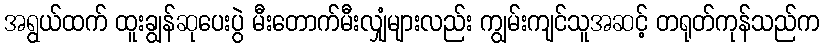
အရွယ်ထက် ထူးချွန်ဆုပေးပွဲ မီးတောက်မီးလျှံများလည်း ကျွမ်းကျင်သူအဆင့် တရုတ်ကုန်သည်က